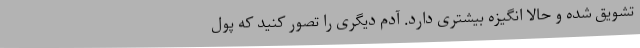
تشویق شده و حالا انگیزه بیشتری دارد. آدم دیگری را تصور کنید که پول